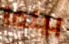
بينما